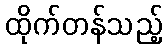
ထိုက်တန်သည့်